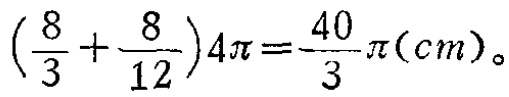
$\left(\frac{8}{3}+\frac{8}{12}\right)4\pi=\frac{40}{3}\pi(cm)。$